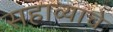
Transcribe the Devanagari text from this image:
सहाव्याचे